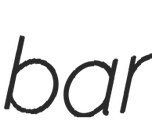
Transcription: bar